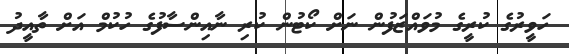
ހަވީރުގެ ކުރީގެ މުވައްޒަފުން ނަށް ކޯޓުން ކުރި ނާއިންސާފުގެ ހުކުމް އަށް ތާއީދު